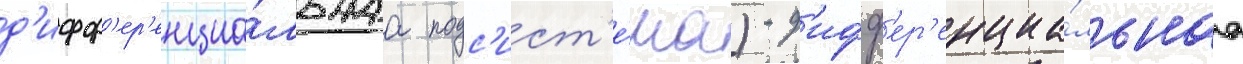
д'ифф'ер'енциа́льнаа подс'ист'е́ма) - д'ифф'ер'енциа́льнаа